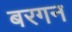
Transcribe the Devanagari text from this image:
बरगन